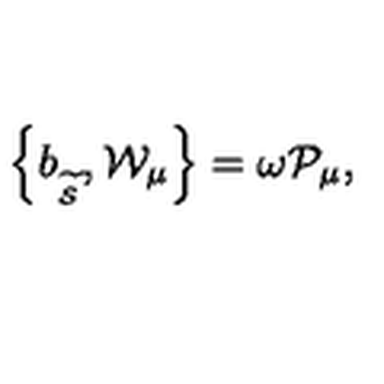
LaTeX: \left\{ b _ { _ { \widetilde { \mathcal { S } } } } , \mathcal { W } _ { \mu } \right\} = \omega \mathcal { P } _ { \mu } ,